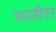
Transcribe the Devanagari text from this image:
भारतीवर